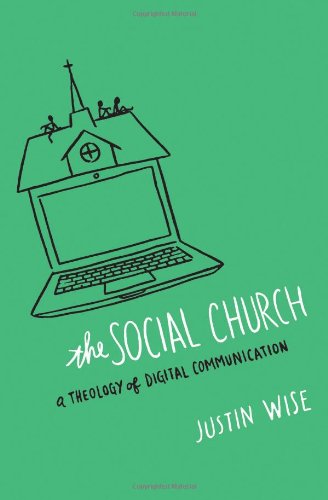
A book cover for The Social Church: A Theology of Digital Communication; Justin Wise; Computers & Technology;